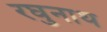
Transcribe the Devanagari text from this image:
रघुनाथ